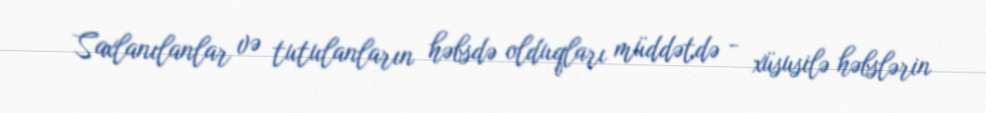
Saxlanılanlar və tutulanların həbsdə olduqları müddətdə - xüsusilə həbslərin